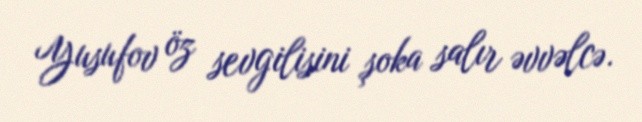
Yusufov öz sevgilisini şoka salır əvvəlcə.